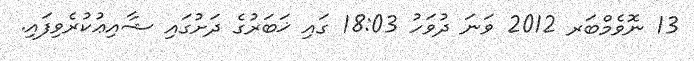
13 ނޮވެމްބަރ 2012 ވަނަ ދުވަހު 18:03 ގައި ޚަބަރުގެ ދަށުގައި ޝާއިޢުކުރެވިފައި.